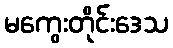
မကွေးတိုင်းဒေသ